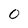
Character: 0